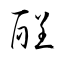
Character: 酲